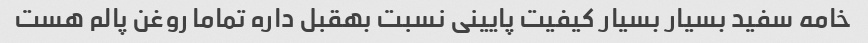
خامه سفید بسیار بسیار کیفیت پایینی نسبت بهقبل داره تماما روغن پالم هست